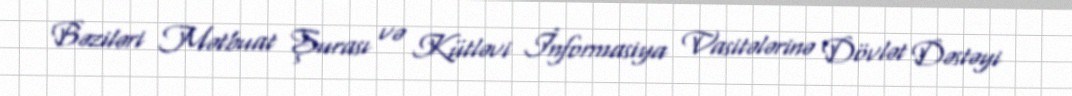
Bəziləri Mətbuat Şurası və Kütləvi İnformasiya Vasitələrinə Dövlət Dəstəyi